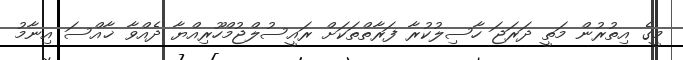
މީގެ އިތުރުން މަތީ ދަރަޖަ ހާސިލުކުރާ ފަރާތްތަކަށް ރައީސުލްޖުމްހޫރިއްޔާ ދެއްވާ ޚާއްސަ އިނާމު